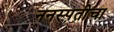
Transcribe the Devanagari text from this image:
ननस्पतीचा